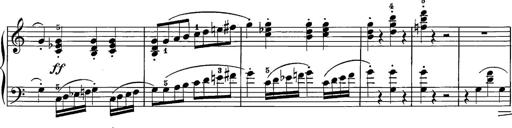
Title: 12 Sonatine per Pianoforte
Composer: Friedrich Kuhlau